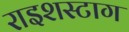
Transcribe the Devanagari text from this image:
राइशस्टाग